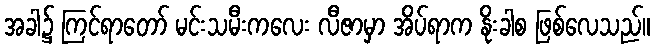
အခါ၌ ကြင်ရာတော် မင်းသမီးကလေး လီဇာမှာ အိပ်ရာက နိုးခါစ ဖြစ်လေသည်။